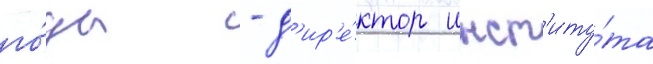
го́ды - д'ир'е́ктор инст'иту́та